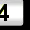
Digit: 3